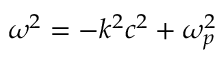
\omega ^ { 2 } = - k ^ { 2 } c ^ { 2 } + \omega _ { p } ^ { 2 }